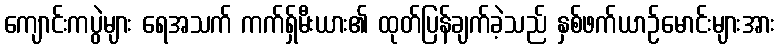
ကျောင်းကပွဲများ ရေအသက် ကက်ရှ်မီးယား၏ ထုတ်ပြန်ချက်ခဲ့သည် နှစ်ဖက်ယာဉ်မောင်းများအား